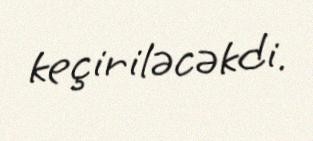
keçiriləcəkdi.